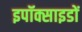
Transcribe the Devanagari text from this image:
इपॉक्साइडों